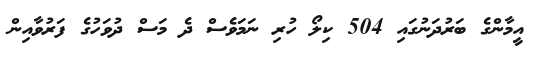
އީމާންގެ ބަރުދަނުގައި 504 ކިލޯ ހުރި ނަމަވެސް ދެ މަސް ދުވަހުގެ ފަރުވާއިން